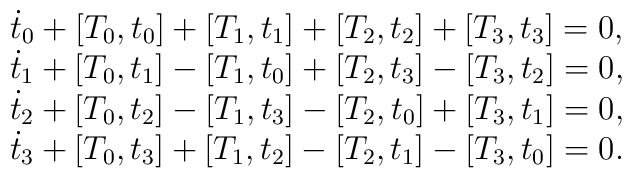
\begin{array}{c} \dot{t}_0+[T_0,t_0]+[T_1,t_1]+[T_2,t_2]+[T_3,t_3]=0,\\ \dot{t}_1+[T_0,t_1]-[T_1,t_0]+[T_2,t_3]-[T_3,t_2]=0,\\\dot{t}_2+[T_0,t_2]-[T_1,t_3]-[T_2,t_0]+[T_3,t_1]=0,\\  \dot{t}_3+[T_0,t_3]+[T_1,t_2]-[T_2,t_1]-[T_3,t_0]=0.\end{array}